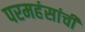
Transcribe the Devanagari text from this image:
परमहंसांची